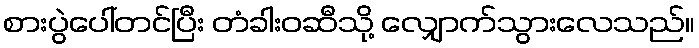
စားပွဲပေါ်တင်ပြီး တံခါးဝဆီသို့ လျှောက်သွားလေသည်။